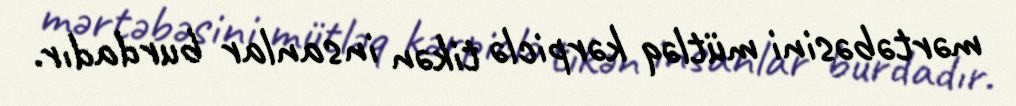
mərtəbəsini mütləq kərpiclə tikən insanlar burdadır.